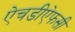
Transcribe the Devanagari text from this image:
ऐचडीऐफसी